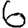
Digit: 6